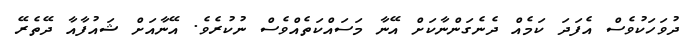
ދުވަހަކުވެސް އެފަދަ ކަމެއް ދެނެގަންނާކަށް އޭނާ މަސައްކަތެއްވެސް ނުކުރެވެ. އޭނާއަށް ޝައުފާއާ ދޭތެރޭ